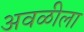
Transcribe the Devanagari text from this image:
अवळीला